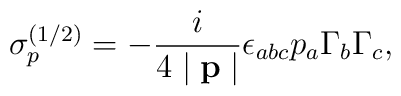
\sigma _p^{(1/2)}=-\frac i{4\mid \mathbf{p}\mid }\epsilon_{abc}p_a\Gamma _b\Gamma _c ,